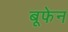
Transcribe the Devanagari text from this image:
बूफेन